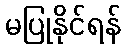
မပြုနိုင်ရန်